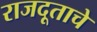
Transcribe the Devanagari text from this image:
राजदूताचे